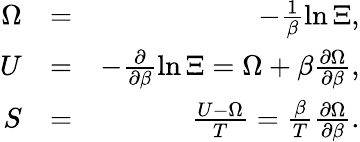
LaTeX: \begin{array}{rlr}{\Omega}&{=}&{-\frac{1}{\beta}\ln\Xi,}\\ {U}&{=}&{-\frac{\partial}{\partial\beta}\ln\Xi=\Omega+\beta\frac{\partial\Omega}{\partial\beta},}\\ {S}&{=}&{\frac{U-\Omega}{T}=\frac{\beta}{T}\frac{\partial\Omega}{\partial\beta}.}\end{array}